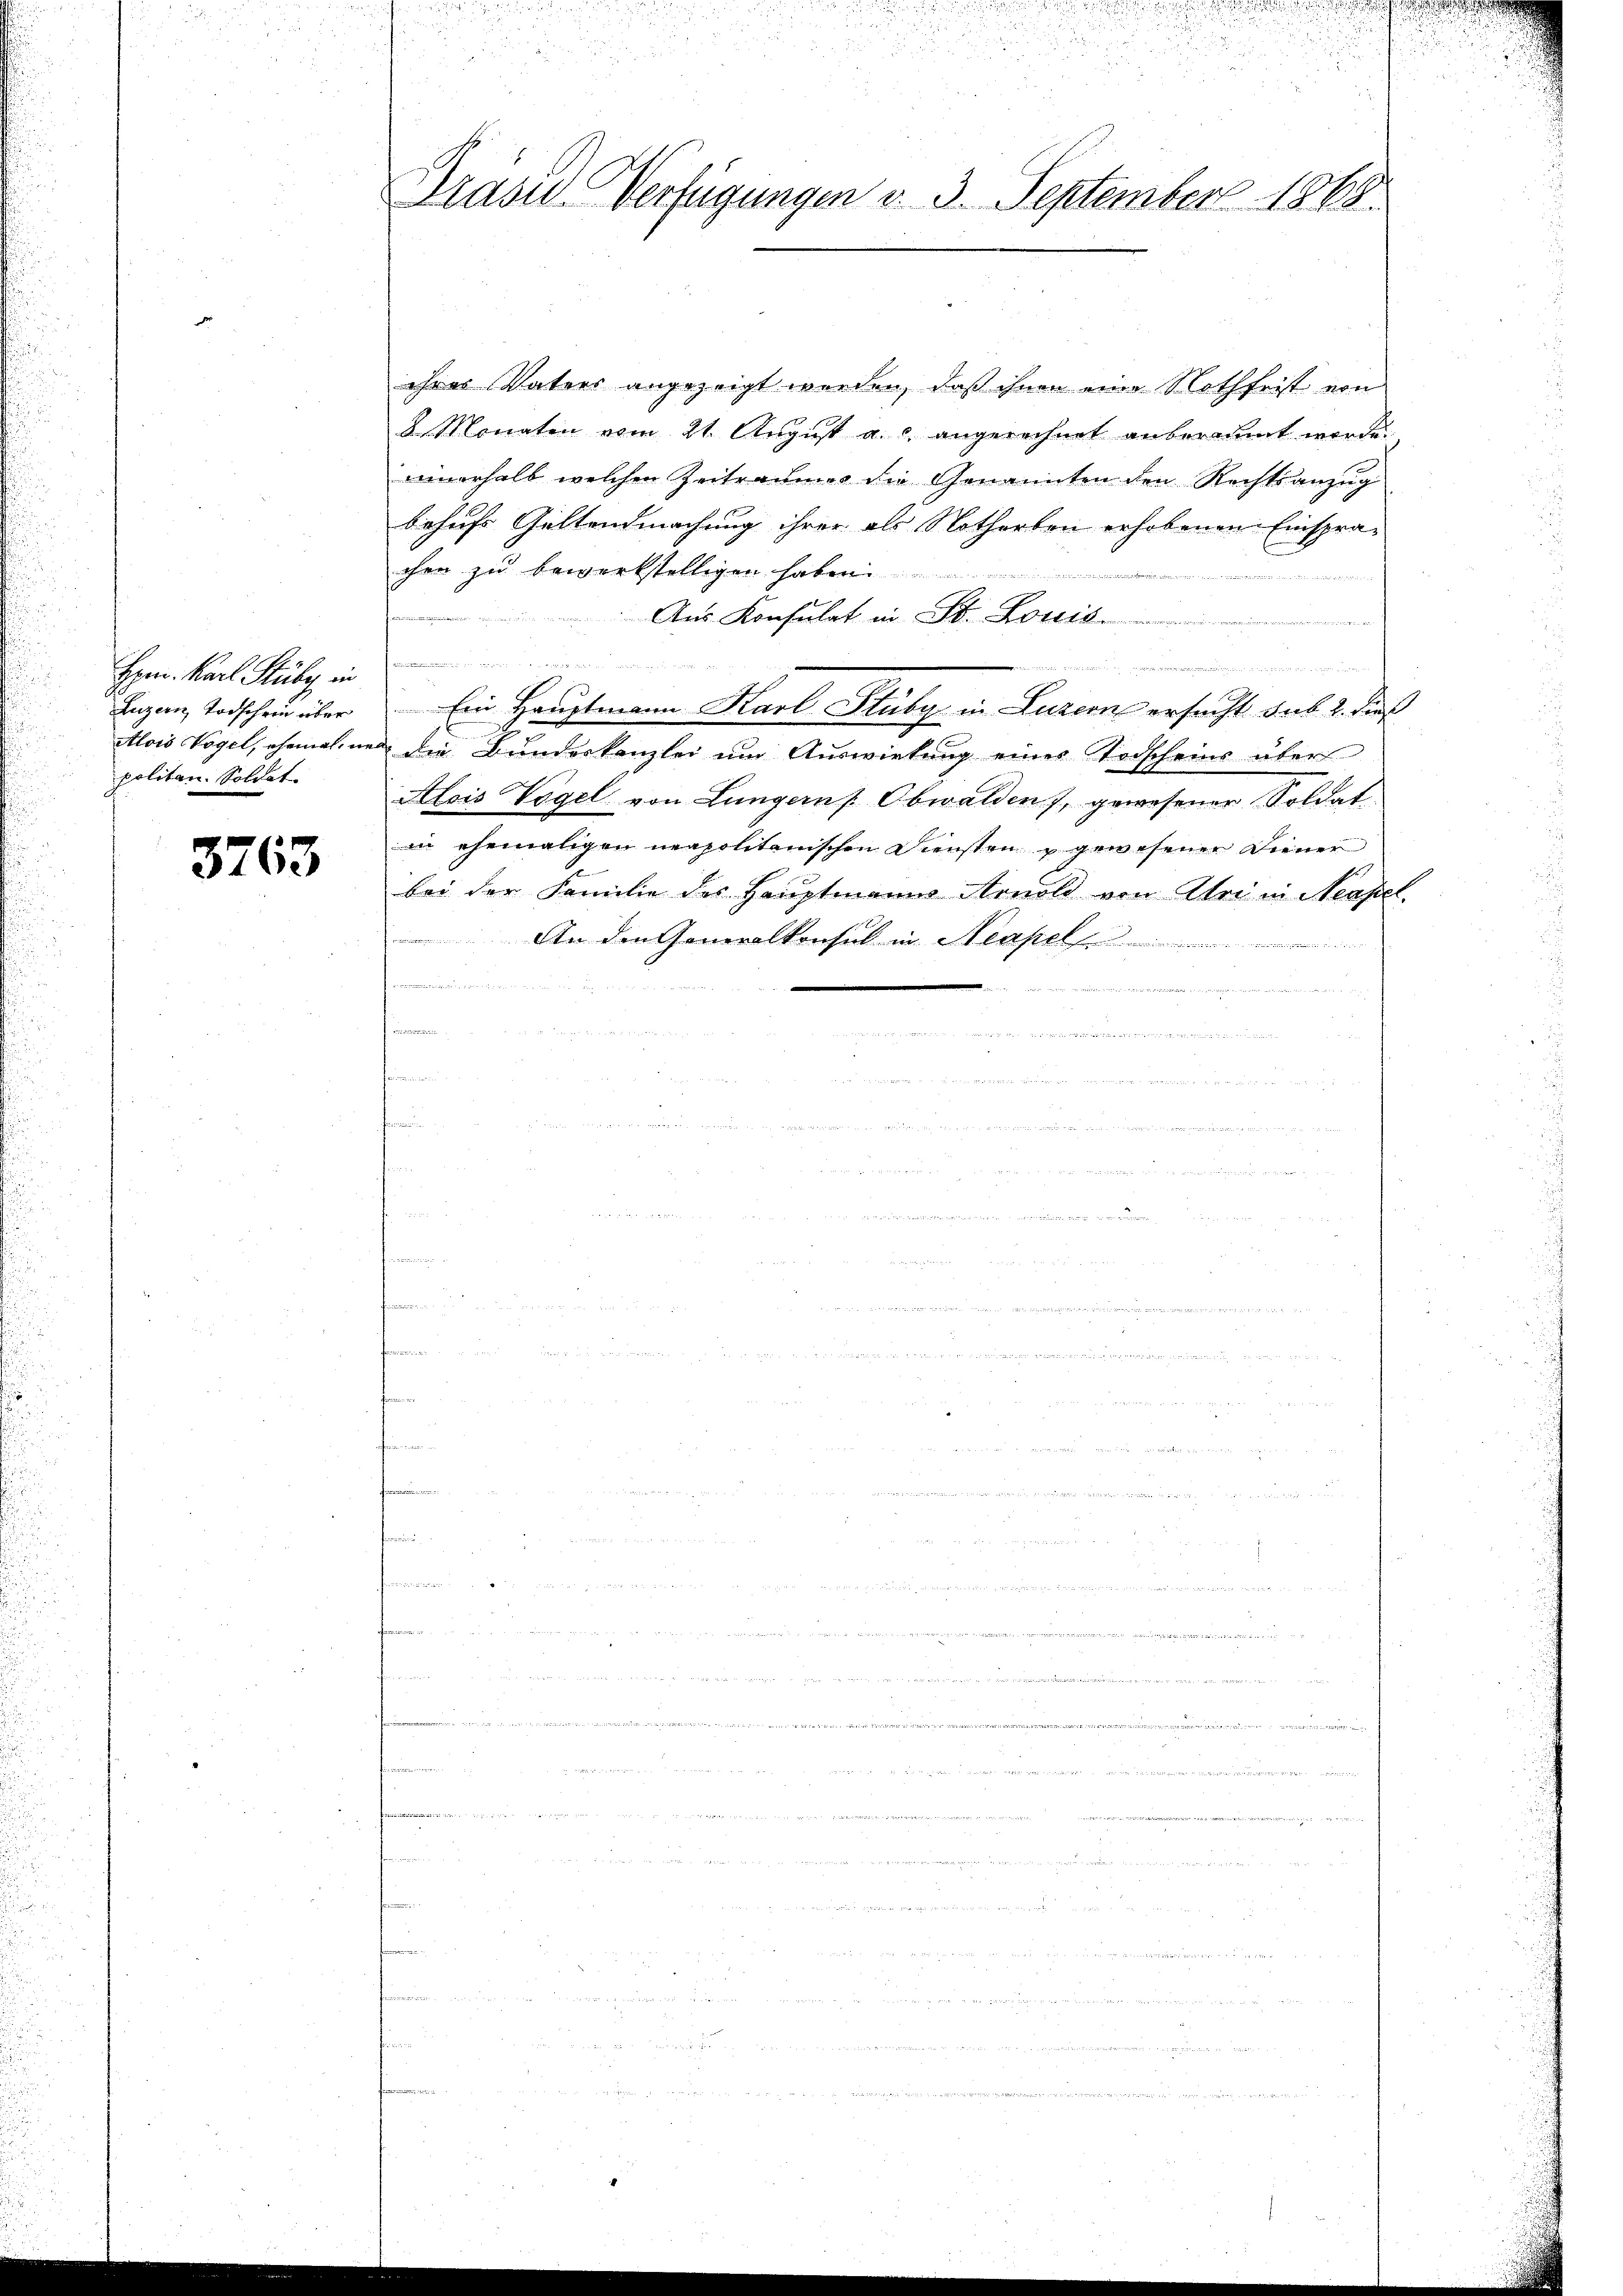
Hpen. Karl Stuby in
Luzern, Todschein über
Alois Vogel, ehemal, in
politan. Soldet.

3763

Präsid. Verfügungen v. 3. September 1868.

.

ihres Vaters angezeigt werden, daß ihnen eine Nothfrist von
8 Monaten vom 21. August a. c. angerechnet anberaumt worde.
einerhalb welchen Zeitraumes die Genannten den Rechtsanzug
behufs Geltendmachung ihrer als Notharben erhobenen Einsprachen zu bewerkstelligen haben..........
i ein wür
Aus Konsulat in St. Louis
e
de

)
Ein Hauptmann Karl Stuby in Luzern ersucht sub 2. dieß
 die Bundeskanzlei um Auswirkung einer Todscheins über
Alois Vogel von Lungern Obwalden), gewesener Soldat
in ehemaligen neapolitanischen Diensten u gewesener Diener
bei der Familie des Hauptmanns Arnold von Atri in Neapel.
An den Generalkonsul in Neapel

.
inn

¬

2

2